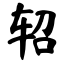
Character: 轺